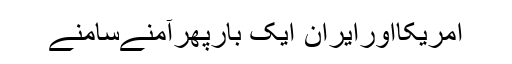
امریکااورایران ایک بارپھرآمنےسامنے